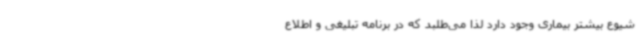
شیوع بیشتر بیماری وجود دارد لذا می‌طلبد که در برنامه تبلیغی و اطلاع